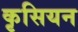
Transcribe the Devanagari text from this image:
कृसियन